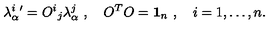
\lambda _ { \alpha } ^ { i } { ' } = { O ^ { i } } _ { j } \lambda _ { \alpha } ^ { j } \ , \quad O ^ { T } O = { \bf 1 } _ { n } \ , \quad i = 1 , \dots , n .